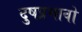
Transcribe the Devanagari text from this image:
दुषप्रभावो